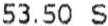
53.50 S